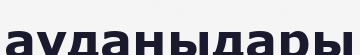
ауданыдары